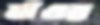
বাঁওর